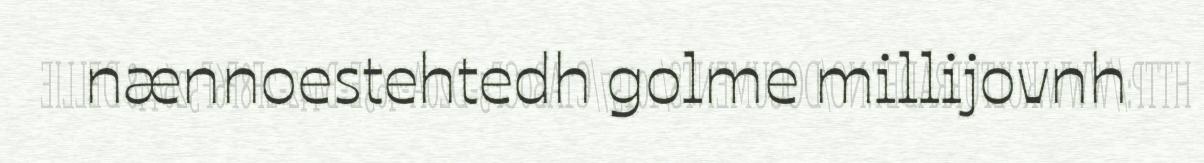
nænnoestehtedh golme millijovnh